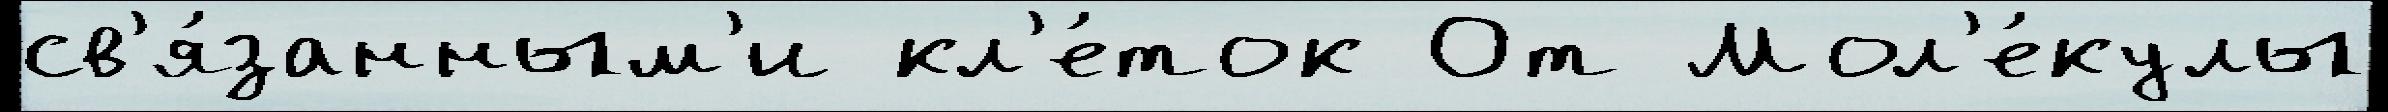
св'я́занным'и кл'е́ток От Мол'е́кулы